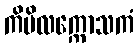
ကိမိလက္ကောသကံ